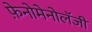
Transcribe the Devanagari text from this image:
फ़ेनोमेनोलॅजी